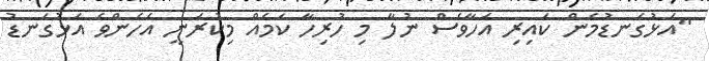
"އަޅުގަނޑުމެން ކައިރި އަހާވެސް ނުލާ މި ހުރިހާ ކަމެއް މިކުރަނީ އެހެންވެ އަޅުގަނޑު